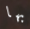
بها